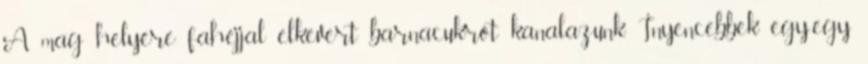
A mag helyére fahéjjal elkevert barnacukrot kanalazunk. Ínyencebbek egy-egy